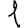
Digit: 1